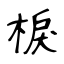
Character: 棙